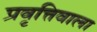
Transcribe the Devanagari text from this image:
प्रवृत्तिवाला